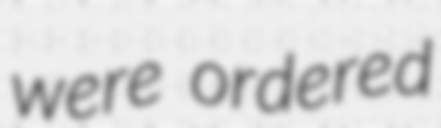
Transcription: were ordered